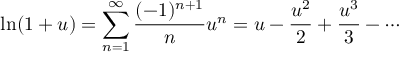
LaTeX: \ln ( 1 + u ) = \sum _ { n = 1 } ^ { \infty } { \frac { ( - 1 ) ^ { n + 1 } } { n } } u ^ { n } = u - { \frac { u ^ { 2 } } { 2 } } + { \frac { u ^ { 3 } } { 3 } } - \cdots